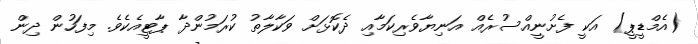
(އެމްޑީޕީ) އަކީ ފެށުނީއްސުރެއް އަނިޔާވެރިކަމާއި ދެކޮޅަށް ވަކާލާތު ކުރަމުންދާ ޕާޓީއެކެވެ. މިފަހުން ދިން